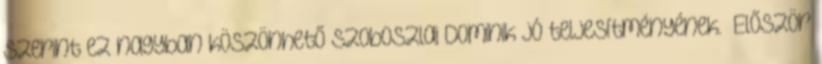
szerint ez nagyban köszönhető Szoboszlai Dominik jó teljesítményének. „Először